Vaccination United Provinces of Agra and Oudh 1914-1922 - 1914-1922
Year: 1914
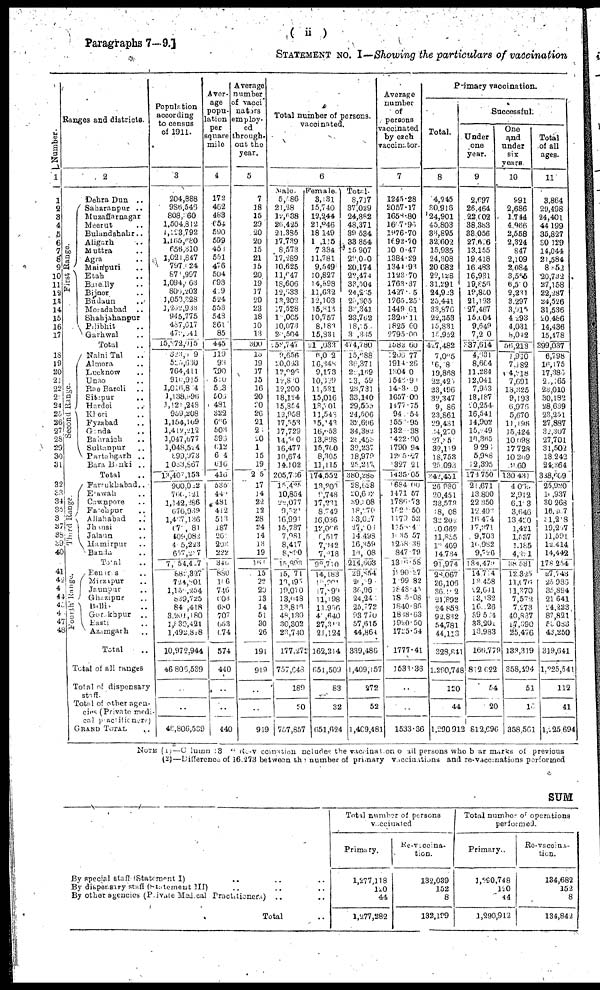
Paragraphs 7—9.]
( ii )
STATEMENT No. I—Showing the particulars of vaccination
Number.
1
1
2
3
4
5
6
7
8
9
10
11
12
13
14
15
16
17
18
19
20
21
22
23
24
25
26
27
28
29
30
31
32
33
34
35 36
37
38
39
40
41
42
43
44
45
46
47
48
Ranges and districts.
2
First Range.
Dehra Dun
..
Saharanpur ..
Muzaffarnagar
Meerut ..
Bulandshahr ..
Aligarh ..
Muttra ..
Agra ..
Mainpuri ..
Etah ..
Bareilly ..
Bijnor ..
Budaun
..
Moradabad
..
Shahjahanpur
Pilibhit ..
Garhwal ..
Total ..
Second Range.
Naini Tal ..
Almora ..
Lucknow ..
Unao ..
Rae Bareli ..
Sitapur
..
Hardoi ..
Kheri ..
Fyzabad ..
Gonda ..
Bahraich ..
Sultanpur ..
Partabgarh ..
Bara Banki ..
Total ..
Third Range.
Farrukhabad..
Etawah ..
Cawnpore ..
Fatehpur ..
Allahabad ..
Jhansi ..
Jalaun ..
Hamirpur ..
Banda ..
Total ..
Fourth Range.
Beneras ..
Mirzapur ..
Jaunpur ..
Ghazipur ..
Ballia ..
Gorakhpur
..
Basti ..
Azamgarh ..
Total ..
Total of all ranges
Total of dispensary
staff.
Total of other agen-
cies (Private medi-
cal practitioners)
GRAND TOTAL ..
Population
according
to census
of 1911.
3
204,888
986,546
808,360
1,504,812
1,123,792
1,165,680
656,310
1,021,847
797,024
871,997
1,094,663
805,202
1,053,328
1,262,933
945,775
487,617
479,641
15,572,915
323,509
525,630
764,411
910,915
1,016,844
1,138,996
1,121,248
959,208
1,154,109
1,412,212
1,047,677
1,048,524
899,973
1,083,867
13,407,153
900,022
766,621
1,142,286
676,939
1,467,136
671,081
409,082
485,223
657,237
7,154,437
882,327
724,801
1,158,254
839,725
840,418
3,203,180
3,930,42l
1,492,818
10,972,944
46,806,539
..
..
46,806,539
Aver-
age
popu-
-ation
per
square
mile
4
172
462
483
654
590
599
453
551
476
504
693
429
524
553
548
361
85
445
119
93
790
510
563
505
481
322
666
503
396
612
604
616
416
535
448
481
412
513
187
261
203
222
346
880
156
746
603
680
707
653
674
574
440
..
..
440
Average
number
of vacci-
nators
employ-
ed
through-
out the
year.
5
7
18
15
29
20
20
15
21
15
20
19
17
20
23
18
10
13
300
13
19
17
15
16
20
20
26
21
21
20
1
15
19
205
17
14
22
12
28
24
14
13
19
168
15
22
20
13
14
51
30
26
191
919
..
..
919
Total number of persons,
vaccinated.
6
Male.
5,586
21,28
12,638
26,425
21,385
17,739
8,573
17,289
10,625
11,647
18,606
12,633
13,202
17,528
15,005
10,073
23,504
158,747
9,656
20,023
12,996
12,880
12,200
18,124
15,854
12,958
17,553
17,729
14,500
16,477
10,674
14,102
205,736
15,425
10,854
22,077
9,521
16,991
15,737
7,981
8,417
8,890
15,893
15,171
13,195
19,010
13,048
13,816
48,130
30,302
23,740
177,272
757,048
189
..
757,857
Female.
3,131
15,740
12,244
21,846
18,149
11,115
7,334
11,781
9,549
10,827
14,898
11,632
12,103
15,813
10,757
8,183
15,931
21,033
6,012
16,348
9,173
10,329
11,531
15,016
13,301
11,548
15,143
16,653
13,898
15,760
8,305
11,115
174,552
13,203
9,748
17,231
8,749
16,036
12,006
6,517
7,942
7,218
98,710
14,183
12,201
17,899
11,198
11,956
42,640
27,313
21,124
162,214
651,509
83
32
651,624
Total.
8,717
37,029
24,882
48,371
39,534
33,854
15,907
29,070
20,174
2?,474
33,504
24,265
25,305
33,341
23,762
18,151
31,335
474,780
15,688
36,371
25,169
23,159
23,731
33,140
29,556
24,506
32,696
34,382
28,453
32,237
18,979
25,217
380,288
28,628
20,602
39,308
18,270
33,027
27,203
14,498
16,359
18,008
214,603
29,854
26,391
36,961
24,241
25,772
93,710
57,615
44,864
339,486
1,409,157
272
52
1,409,481
Average
number
of
persons
vaccinated
by each
vaccinator.
7
1245.28
2057.17
1658.80
1667.96
1976.70
1692.70
1000.47
1384.29
1344.93
1123.70
1763.37
1427.15
1265.25
1449.61
1320.11
1825.60
2795.00
1582.60
1206.77
1914.26
1304.0
1548.98
1483.89
1657.00
1477.75
94,154
1556.95
1321.38
1422.90
1790.94
1265.27
1327.21
1435.05
1684.00
1471.57
1786.73
1529.50
1170.53
1358.48
1835.57
1238.38
847.79
1316.58
1990.27
1299.82
1848.45
1845.08
1840.86
1838.63
1920.50
1725.54
1777.41
1533.36
..
..
1533.36
Primary vaccination.
Total.
8
4,245
30,916
24,901
45,803
36,895
32,602
15,935
24,308
20,082
22,128
31,291
24,923
25,441
33,876
22,353
15,831
15,952
427,482
7,065
16,181
19,868
22,425
23,496
32,347
9,186
23,861
29,431
34,270
27,851
32,119
18,753
25,093
342,451
26,980
20,451
33,573
18,008
32,202
20.662
11,855
13,409
14,734
91,974
28,067
26,106
36,152
21,892
24,858
92,832
54,781
44,113
328,841
1,290,748
120
44
1,290,912
Successful.
Under
one
year.
9
2,697
26,464
22,002
38,383
33,056
27,626
13,155
19,418
16,483
16,931
19,856
19,850
21,123
27,467
15,004
9,649
7,210
337,614
4,631
8,684
11,284
12,041
7,953
18,187
20,254
16,541
14,902
15,249
16,365
9,296
5,988
12,395
173,750
21,671
13,800
22,350
12,403
16,474
17,371
9,703
10,982
9,726
134,479
14,714
13,458
22,641
13,132
16,126
39,524
33,201
13,983
166,779
812,622
54
20
812,696
One
and
under
six
years.
10
991
2,686
1,744
4,966
2,558
2,324
847
2,109
2,084
3,565
6,560
2,231
3,297
3,915
4,293
4,031
8,042
56,213
1,920
7,182
4,218
7,691
13,325
9,193
6,976
5,670
11,196
15,424
10,098
17,728
10,209
9.60
130,431
4,069
2,912
6,113
3,646
13,420
1,421
1,587
1,185
4,281
38,531
12,325
11,676
11,370
7,572
7,273
40,837
17,390
25,476
133,319
358,494
51
18
358,561
Total
of all
ages.
11
3,864
29,498
24,401
44,199
35,827
30,129
14,044
21,584
8,852
20,732
27,158
22,287
24,526
31,536
20,486
14,436
15,478
399,037
6,798
16,175
17,385
21,165
23,010
30,182
28,639
23,251
27,887
32,307
27,701
31,502
18,242
24,364
338,809
25,920
18,937
30,268
16,207
31,218
19,267
11,591
12,414
14,442
178,254
27,743
25,986
35,894
21,641
24,223
87,821
53,083
43,250
319,641
1,225,541
112
41
1,225,694
NOTE (1)—Column 13 " Re-vaccination includes the vaccination of all persons who bear marks of previous
(2)—Difference of 16,273 between the number of primary vaccinations and re-vaccinations performed
SUM
By special staff (Statement I) .. .. ..
By dispensary staff (Statement III) .. .. ..
By other agencies (Private Medical Practitioners) .. ..
Total ..
Total number of persons
vaccinated
Primary.
1,277,118
120
44
1,277,282
Re-Vaccina-
tion.
132,039
152
8
132,199
Total number of operations
performed.
Primary.
3,290,748
120
44
1,290,912
Re-vaccina-
tion.
134,682
152
8
134,842